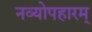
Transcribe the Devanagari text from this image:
नव्योपहारम्